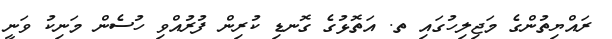
ރައްޔިތުންގެ މަޖިލިހުގައި ތ. އަތޮޅުގެ ގޮނޑި ކުރިން ފުރުއްވި ހުސެން މަނިކު ވަނީ